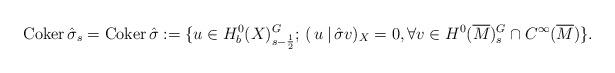
LaTeX: \begin{align*}{\rm Coker\,}\hat\sigma_s={\rm Coker\,}\hat\sigma:=\{u\in H^0_b(X)^G_{s-\frac{1}{2}};\, (\,u\,|\,\hat\sigma v)_X=0, \forall v\in H^0(\overline M)^G_s\cap C^\infty(\overline M)\}.\end{align*}